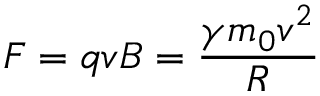
F = q v B = \frac { \gamma m _ { 0 } v ^ { 2 } } { R }